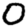
Digit: 0